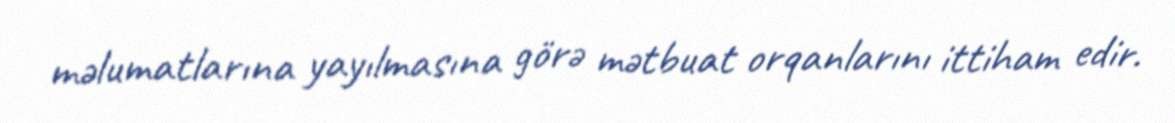
məlumatlarına yayılmasına görə mətbuat orqanlarını ittiham edir.